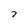
Character: 7